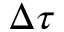
\Delta \tau